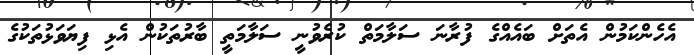
އެހެންކަމުން އެތަށް ބައެއްގެ ފުރާނަ ސަލާމަތް ކުރެވުނީ ސަލާމަތީ ބާރުތަކުން އެޅި ފިޔަވަޅުތަކުގެ